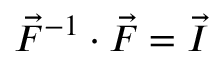
\vec { F } ^ { - 1 } \cdot \vec { F } = \vec { I }